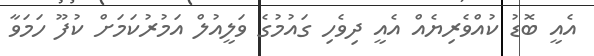
އެއީ ބޮޑު ކުއްވެރިޔެއް އެއީ ދިވެހި ގައުމުގެ ވަލީއުލް އަމުރުކަަމަށް ކުފޫ ހަމަވާ